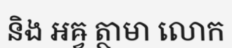
និង អឝ្វ ត្ថាមា លោក